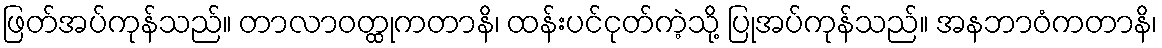
ဖြတ်အပ်ကုန်သည်။ တာလာဝတ္ထုကတာနိ၊ ထန်းပင်ငုတ်ကဲ့သို့ ပြုအပ်ကုန်သည်။ အနဘာဝံကတာနိ၊